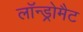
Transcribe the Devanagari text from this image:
लॉन्ड्रोमैट